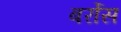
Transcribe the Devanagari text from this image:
बर्रोस